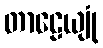
တာဠေယျုံ